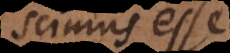
scimus esse